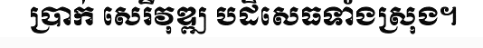
ប្រាក់ សេរីវុឌ្ឍ បដិសេធទាំងស្រុង។